Indian journal of veterinary science and animal husbandry - Volume 12,
Year: 1942
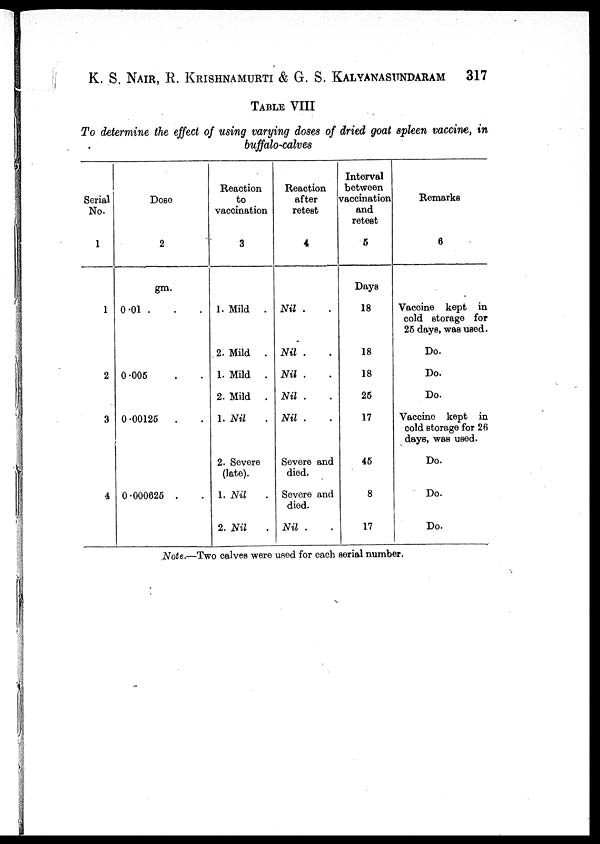
K. S. NAIR, R. KRISHNAMURTI & G. S. KALYANASUNDARAM 317
TABLE VIII
To determine the effect of using varying doses of dried goat spleen vaccine, in
buffalo-calves
Serial
No.
1
1
2
3
4
Dose
2
gm.
0.01 . . .
0.005 . .
0.00125 . .
0 .000625 . .
Reaction
to
vaccination
3
1. Mild .
2. Mild .
1. Mild .
2. Mild .
1. Nil .
2. Severe
(late).
1. Nil .
2. Nil .
Reaction
after
retest
4
Nil . .
Nil . .
Nil . .
Nil . .
Nil . .
Severe and
died.
Severe and
died.
Nil .
Interval
between
vaccination
and
retest
5
Days
18
18
18
25
17
45
8
17
Remarks
6
Vaccine kept in
cold storage for
25 days, was used.
Do.
Do.
Do.
Vaccine kept in
cold storage for 26
days, was used.
Do.
Do.
Do.
Note.—Two calves were used for each serial number.